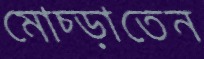
মোচ্‌ড়াতেন